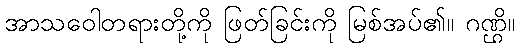
အာသဝေါတရားတို့ကို ဖြတ်ခြင်းကို မြစ်အပ်၏။ ဂဏ္ဌိ။